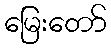
မြေးတော်